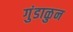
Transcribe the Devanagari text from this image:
गुंडाळुन